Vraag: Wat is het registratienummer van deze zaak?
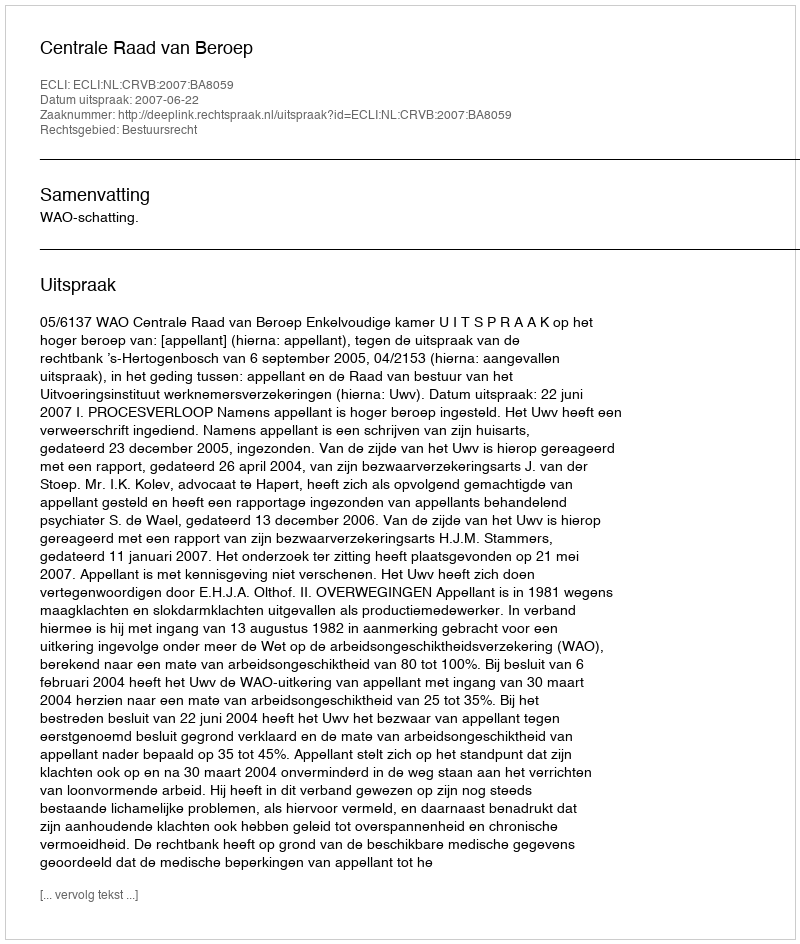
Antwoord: http://deeplink.rechtspraak.nl/uitspraak?id=ECLI:NL:CRVB:2007:BA8059